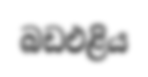
බඩඑළිය